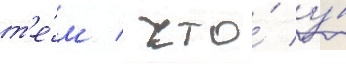
т'е́м / что́ у́